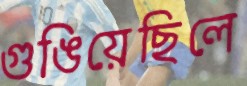
গুঙিয়েছিলে